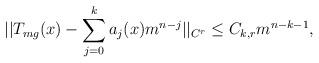
LaTeX: \begin{align*}||T_{mg}(x)-\sum_{j=0}^{k}a_j(x)m^{n-j}||_{C^r}\leq C_{k, r}m^{n-k-1},\end{align*}